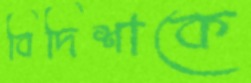
বিদিশাকে